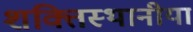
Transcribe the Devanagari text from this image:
शक्तिस्थानीया